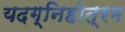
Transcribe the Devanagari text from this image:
यदग्निहोत्रम